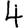
Digit: 4